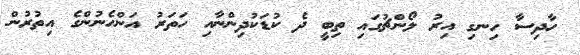
ހާދިސާ ހިނގި އިރު ލޯންޗުގައި ތިބީ ދެ ކުޑަކުދިންނާއި ހަތަރު އަންހެނުންގެ އިތުރުން